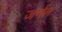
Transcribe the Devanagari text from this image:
जर्णल